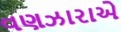
વણઝારાએ